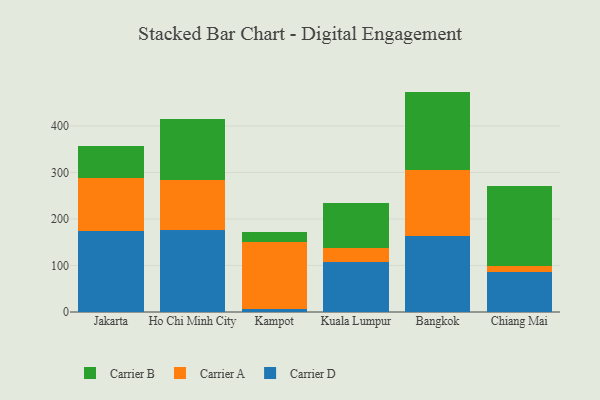
{"axis": {"x": "City", "y": "Production Output"}, "legend": ["Carrier A", "Carrier B", "Carrier D"], "data": [{"x": "Jakarta", "y": 174.5, "type": "Carrier D"}, {"x": "Jakarta", "y": 113.4, "type": "Carrier A"}, {"x": "Jakarta", "y": 68.3, "type": "Carrier B"}, {"x": "Ho Chi Minh City", "y": 175.3, "type": "Carrier D"}, {"x": "Ho Chi Minh City", "y": 108.8, "type": "Carrier A"}, {"x": "Ho Chi Minh City", "y": 131.8, "type": "Carrier B"}, {"x": "Kampot", "y": 7.2, "type": "Carrier D"}, {"x": "Kampot", "y": 143.7, "type": "Carrier A"}, {"x": "Kampot", "y": 20.7, "type": "Carrier B"}, {"x": "Kuala Lumpur", "y": 108.2, "type": "Carrier D"}, {"x": "Kuala Lumpur", "y": 29.7, "type": "Carrier A"}, {"x": "Kuala Lumpur", "y": 95.7, "type": "Carrier B"}, {"x": "Bangkok", "y": 162.6, "type": "Carrier D"}, {"x": "Bangkok", "y": 141.7, "type": "Carrier A"}, {"x": "Bangkok", "y": 169.5, "type": "Carrier B"}, {"x": "Chiang Mai", "y": 86.4, "type": "Carrier D"}, {"x": "Chiang Mai", "y": 13.1, "type": "Carrier A"}, {"x": "Chiang Mai", "y": 171.9, "type": "Carrier B"}]}